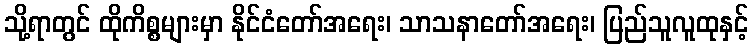
သို့ရာတွင် ထိုကိစ္စများမှာ နိုင်ငံတော်အရေး၊ သာသနာတော်အရေး၊ ပြည်သူလူထုနှင့်